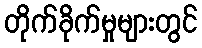
တိုက်ခိုက်မှုများတွင်